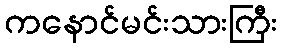
ကနောင်မင်းသားကြီး